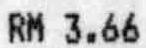
RM 3.66